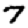
Digit: 7